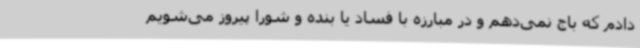
دادم که باج نمی‌دهم و در مبارزه با فساد یا بنده و شورا پیروز می‌شویم